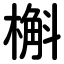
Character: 槲